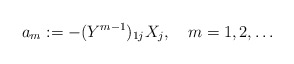
\begin{align*}a_m:=-(Y^{m-1})_{1j} X_j, \quad m=1,2,\dots \end{align*}